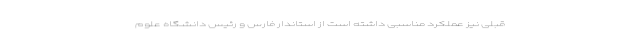
قبلی نیز عملکرد مناسبی داشته است از استاندار فارس و رئیس دانشگاه علوم